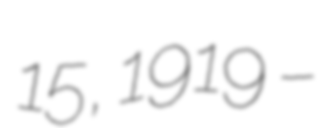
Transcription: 15, 1919 –